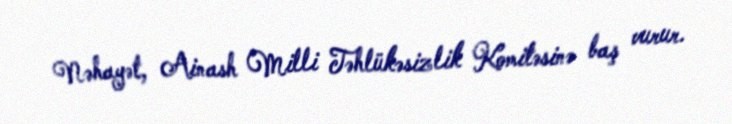
Nəhayət, Ainash Milli Təhlükəsizlik Komitəsinə baş vurur.